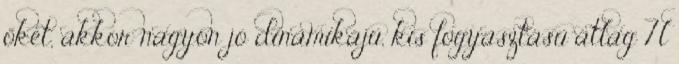
őket, akkor nagyon jó dinamikájú, kis fogyasztású átlag 7l